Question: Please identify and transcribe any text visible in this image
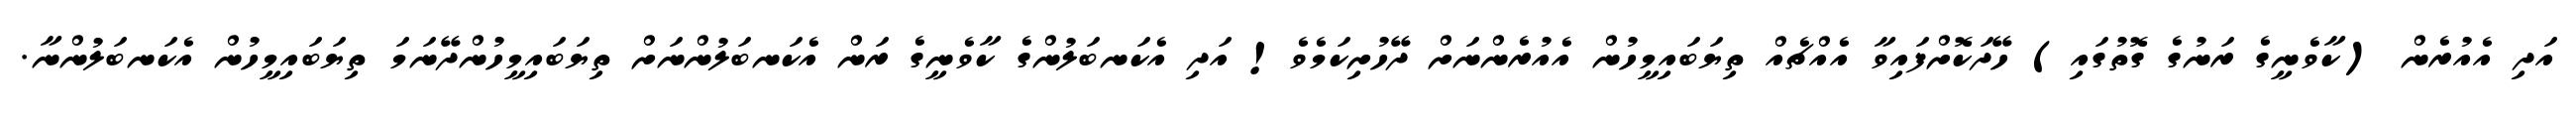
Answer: އަދި އެއުރެން (ކާވެނީގެ ރަނުގެ ގޮތުގައި) ހޭދަކޮށްފައިވާ އެއްޗެއް ތިޔަބައިމީހުން އެއުރެންނަށް ދޭހުށިކަމެވެ! އަދި އެކަނބަލުންގެ ކާވެނީގެ ރަން އެކަނބަލުންނަށް ތިޔަބައިމީހުންދޭނަމަ ތިޔަބައިމީހުން އެކަނބަލުންނާ.